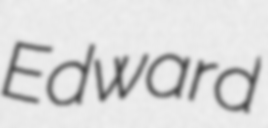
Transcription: Edward